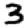
Digit: 3